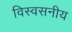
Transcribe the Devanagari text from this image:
विस्वसनीय